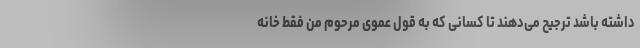
داشته باشد ترجیح می‌دهند تا کسانی که به قول عموی مرحوم من فقط خانه